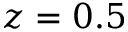
z = 0 . 5